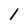
Character: 1